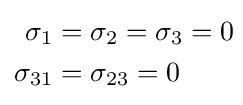
{\begin{aligned}\sigma _{1}&=\sigma _{2}=\sigma _{3}=0\!\\\sigma _{31}&=\sigma _{23}=0\!\end{aligned}}